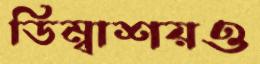
ডিম্বাশয়ও